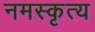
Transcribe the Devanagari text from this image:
नमस्कृत्य